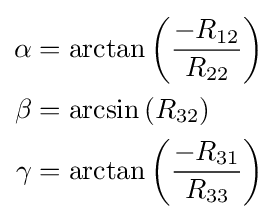
{\begin{aligned}\alpha &=\arctan \left({\frac {-R_{12}}{R_{22}}}\right)\\\beta &=\arcsin \left(R_{32}\right)\\\gamma &=\arctan \left({\frac {-R_{31}}{R_{33}}}\right)\end{aligned}}